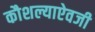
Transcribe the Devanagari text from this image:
कौशल्याऐवजी